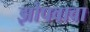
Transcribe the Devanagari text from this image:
झोपवावा